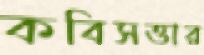
কবিসত্তার